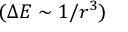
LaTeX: ( \Delta E \sim 1 / r ^ { 3 } )